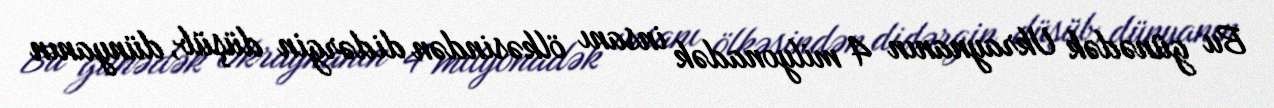
Bu günədək Ukraynanın 4 milyonadək insanı ölkəsindən didərgin düşüb, dünyanın